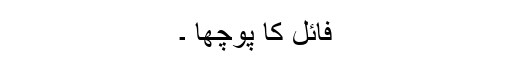
فائل کا پوچھا ۔